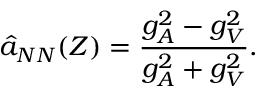
\hat { a } _ { N N } ( Z ) = \frac { g _ { A } ^ { 2 } - g _ { V } ^ { 2 } } { g _ { A } ^ { 2 } + g _ { V } ^ { 2 } } .